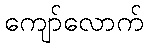
ကျော်လောက်